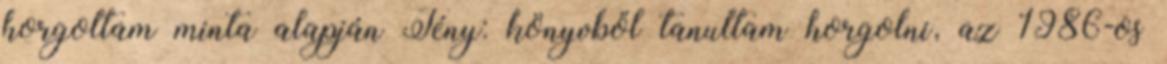
horgoltam minta alapján Tény: könyvből tanultam horgolni, az 1986-os